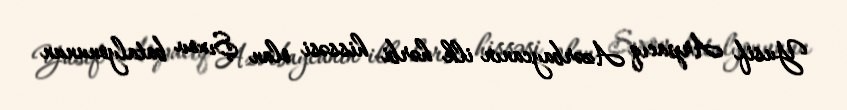
Yusif Arpacıq Azərbaycanın ilk hərbi hissəsi olan Şıxov batalyonunun